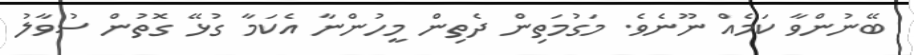
ބޭނުންވާ ކަމެއް ނޫނެވެ. މަގުމަތިން ދެތިން މީހުންނާ އެކަމާ ގުޅޭ ގޮތުން ސުވާލު